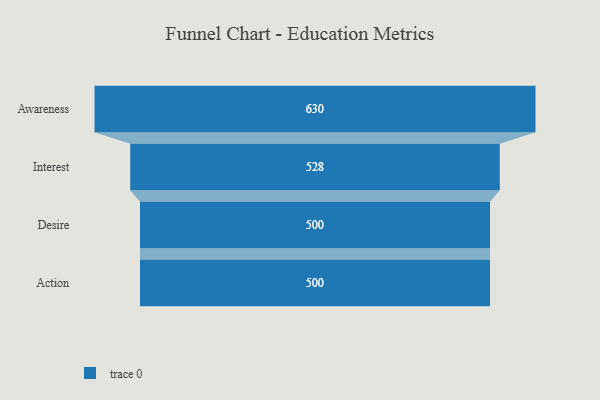
{"axis": {"x": "Stage", "y": "Value"}, "legend": [""], "data": [{"x": "Awareness", "y": 630.0, "type": ""}, {"x": "Interest", "y": 528.0, "type": ""}, {"x": "Desire", "y": 500, "type": ""}, {"x": "Action", "y": 500, "type": ""}]}